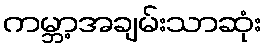
ကမ္ဘာ့အချမ်းသာဆုံး